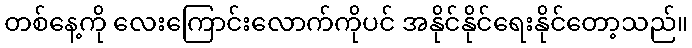
တစ်နေ့ကို လေးကြောင်းလောက်ကိုပင် အနိုင်နိုင်ရေးနိုင်တော့သည်။